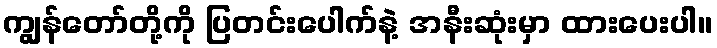
ကျွန်တော်တို့ကို ပြတင်းပေါက်နဲ့ အနီးဆုံးမှာ ထားပေးပါ။